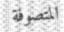
المتصوفة